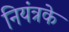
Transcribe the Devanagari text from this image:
नियंत्रके